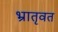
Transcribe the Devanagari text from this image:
भ्रातृवत